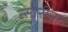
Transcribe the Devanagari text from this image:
त्सारीना